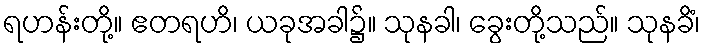
ရဟန်းတို့။ ဧတရဟိ၊ ယခုအခါ၌။ သုနခါ၊ ခွေးတို့သည်။ သုနခိံ၊